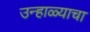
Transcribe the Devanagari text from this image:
उन्हाळ्याचा